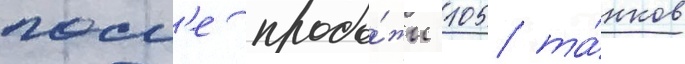
посл'е прода́жи 105 та́нков